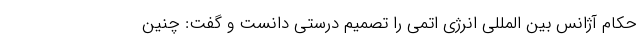
حکام آژانس بین المللی انرژی اتمی را تصمیم درستی دانست و گفت: چنین